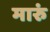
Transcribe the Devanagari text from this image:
मारुं